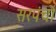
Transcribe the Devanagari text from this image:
सरपंचों